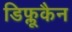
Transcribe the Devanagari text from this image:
डिफ्लूकैन